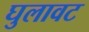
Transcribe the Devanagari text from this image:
घुलावट